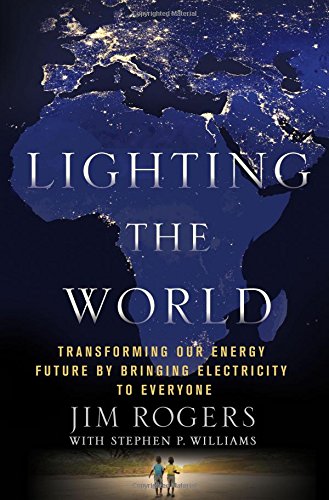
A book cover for Lighting the World: Transforming our Energy Future by Bringing Electricity to Everyone; Jim Rogers; Science & Math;